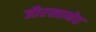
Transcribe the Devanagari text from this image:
जौरखानेह